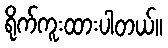
ရိုက်ကူးထားပါတယ်။